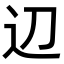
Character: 辺